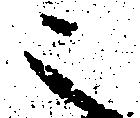
之